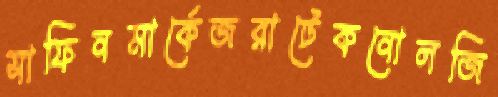
সাফিনমার্কেজরাটেকনোলজি